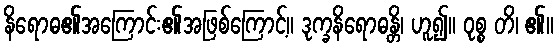
နိရောဓ၏အကြောင်း၏အဖြစ်ကြောင့်။ ဒုက္ခနိရောဓန္တိ၊ ဟူ၍။ ဝုစ္စ တိ၊ ၏။